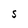
Character: S